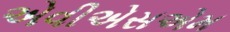
એવીએસએમ